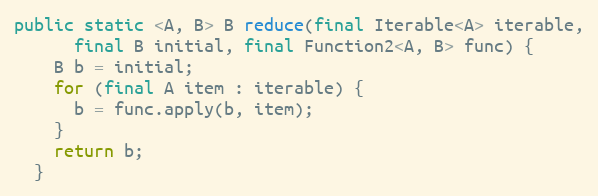
Language: Java
public static <A, B> B reduce(final Iterable<A> iterable,
      final B initial, final Function2<A, B> func) {
    B b = initial;
    for (final A item : iterable) {
      b = func.apply(b, item);
    }
    return b;
  }